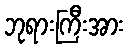
ဘုရားကြီးအား